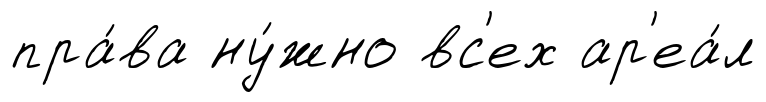
пра́ва ну́жно вс'ех ар'еа́л